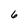
Character: 6